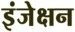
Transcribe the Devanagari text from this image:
इंजेक्षन